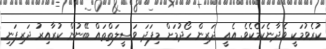
ކުރެވުމަކީ ވެދާނެކަމެކެވެ. އެއީ ދަރިން ހޯދުމަށް މިފަދަ ވަސީލަތްތައް ބޭނުން ކުރާއިރު ދަރިފަނި